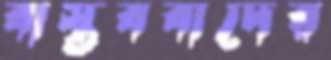
বাস্তববাদের